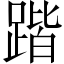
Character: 𲃱